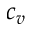
c _ { v }